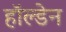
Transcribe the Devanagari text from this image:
हाॅल्डेन